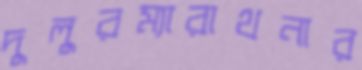
দুলুরম্যারাথনার